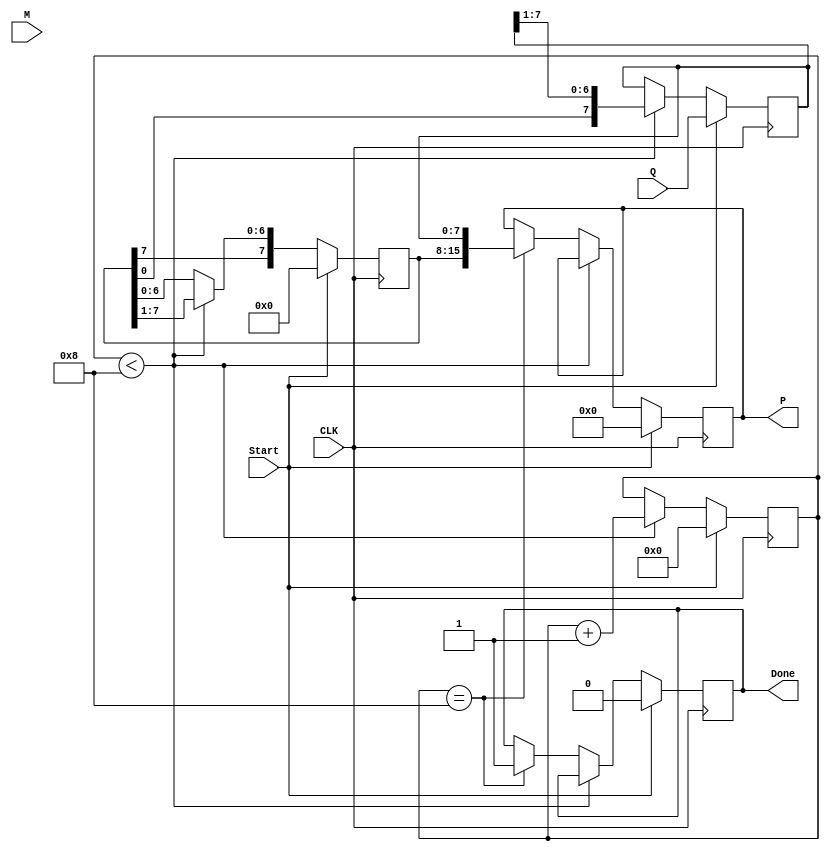
module booth_multiplier #(
    parameter N = 8 // Number of bits for multiplicand and multiplier
)(
    input wire [N-1:0] M,         // Multiplicand
    input wire [N-1:0] Q,         // Multiplier
    input wire Start,             // Control signal to start multiplication
    input wire CLK,               // Clock signal
    output reg [2*N-1:0] P,       // Product (2n bits)
    output reg Done               // Ready signal
);

    reg [N-1:0] A;                // A register
    reg [N-1:0] Q_reg;            // Q register
    reg Q_1;                      // Q-1 register
    reg [3:0] count;              // Counter for iterations

    // State machine for Booth's algorithm
    always @(posedge CLK) begin
        if (Start) begin
            // Initialize registers
            A <= 0;
            Q_reg <= Q;
            Q_1 <= 0;
            P <= 0;
            Done <= 0;
            count <= 0;
        end else if (count < N) begin
            case ({Q_reg[0], Q_1}) // Check the last bit of Q and Q-1
                2'b00: begin
                    // Do nothing (shift left)
                end
                2'b01: begin
                    // A = A + M
                    A <= A + M;
                end
                2'b10: begin
                    // A = A - M
                    A <= A - M;
                end
                2'b11: begin
                    // Do nothing (shift left)
                end
            endcase

            // Shift right: A, Q, and Q-1
            {A, Q_reg} <= {A[N-1], A[N-1:N-1], A[N-2:0], Q_reg[N-1:1]}; // Shift A and Q
            Q_1 <= Q_reg[0]; // Update Q-1

            // Increment count
            count <= count + 1;
        end else if (count == N) begin
            // Finalize the product
            P <= {A, Q_reg}; // Combine A and Q for final product
            Done <= 1; // Indicate multiplication is done
        end
    end
endmodule